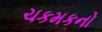
ચકમકનો